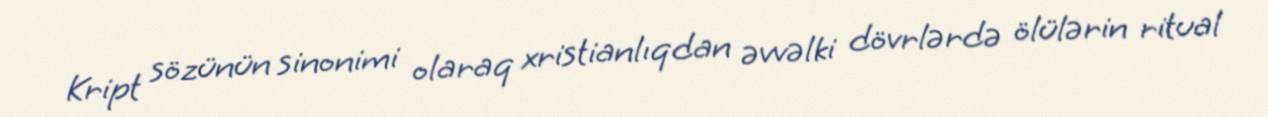
Kript sözünün sinonimi olaraq xristianlıqdan əvvəlki dövrlərdə ölülərin ritual